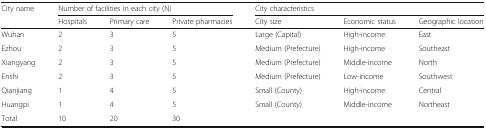
<table><thead><tr><td rowspan="2"><b>City name</b></td><td colspan="3"><b>Number of facilities in each city (N)</b></td><td colspan="3"><b>City characteristics</b></td></tr><tr><td><b>Hospitals</b></td><td><b>Primary care</b></td><td><b>Private pharmacies</b></td><td><b>City size</b></td><td><b>Economic status</b></td><td><b>Geographic location</b></td></tr></thead><tbody><tr><td>Wuhan</td><td>2</td><td>3</td><td>5</td><td>Large (Capital)</td><td>High-income</td><td>East</td></tr><tr><td>Ezhou</td><td>2</td><td>3</td><td>5</td><td>Medium (Prefecture)</td><td>High-income</td><td>Southeast</td></tr><tr><td>Xiangyang</td><td>2</td><td>3</td><td>5</td><td>Medium (Prefecture)</td><td>Middle-income</td><td>North</td></tr><tr><td>Enshi</td><td>2</td><td>3</td><td>5</td><td>Medium (Prefecture)</td><td>Low-income</td><td>Southwest</td></tr><tr><td>Qianjiang</td><td>1</td><td>4</td><td>5</td><td>Small (County)</td><td>High-income</td><td>Central</td></tr><tr><td>Huangpi</td><td>1</td><td>4</td><td>5</td><td>Small (County)</td><td>Middle-income</td><td>Northeast</td></tr><tr><td>Total</td><td>10</td><td>20</td><td>30</td><td></td><td></td><td></td></tr></tbody></table>